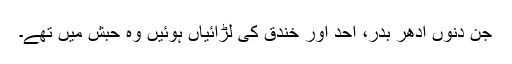
جن دنوں ادھر بدر، احد اور خندق کی لڑائیاں ہوئیں وہ حبش میں تھے۔